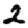
Digit: 2